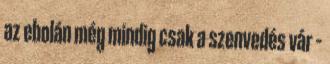
az ebolán még mindig csak a szenvedés vár –